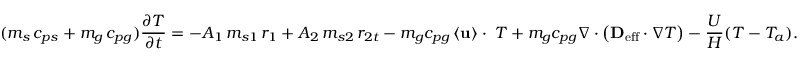
( m _ { s } \, c _ { p s } + m _ { g } \, c _ { p g } ) \frac { \partial T } { \partial t } = - A _ { 1 } \, m _ { s 1 } \, r _ { 1 } + A _ { 2 } \, m _ { s 2 } \, r _ { 2 t } - m _ { g } c _ { p g } \left< \mathbf { u } \right> \cdot \mathbf { \nabla } T + m _ { g } c _ { p g } \nabla \cdot \left( \mathbf { D _ { \mathrm { e f f } } } \cdot \nabla T \right) - \frac { U } { H } ( T - T _ { a } ) .